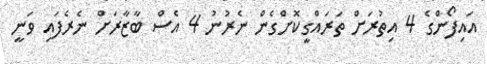
އައިފޯންގެ 4 އިތުރަށް ތަރައްގީކޮށްގެން ނެރުނު 4 އެސް ބާޒާރަށް ނެރެފައި ވަނީ